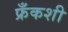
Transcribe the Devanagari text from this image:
फ्रँकशी